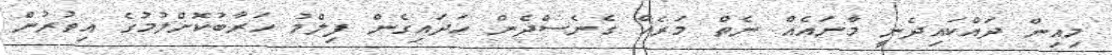
މިއިން ދައްކައިދެނީ މާނައެއް ނެތް މަރެއް ގެނެސްދެން ހަދައިގެން ފިލްމު ހަރާބުކޮށްލުމުގެ އިތުރުން